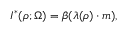
I ^ { * } ( \boldsymbol { \rho } ; \Omega ) = \beta ( \boldsymbol { \lambda } ( \boldsymbol { \rho } ) \cdot \boldsymbol { m } ) ,